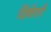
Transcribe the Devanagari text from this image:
दिशेली